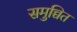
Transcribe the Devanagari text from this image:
समुच्चित